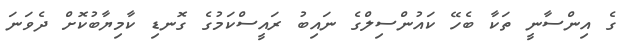
ގެ އިންސާނީ ތަކާ ބެހޭ ކައުންސިލްގެ ނައިބު ރައީސްކަމުގެ ގޮނޑި ކާމިޔާބުކޮށް ދެވަނަ